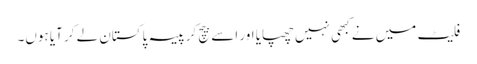
فلیٹ میں نے کبھی نہیں چھپایا اور اسے بیچ کر پیسہ پاکستان لے کر آیا ہوں۔